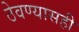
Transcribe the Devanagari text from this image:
ठेवण्यासही